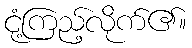
ငုံ့ကြည့်လိုက်၏။